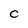
Character: C